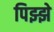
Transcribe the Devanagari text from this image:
पिझ्झे